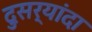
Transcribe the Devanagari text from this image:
दुसर्यांदा